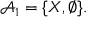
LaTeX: { \mathcal { A } } _ { 1 } = \{ X , \emptyset \} .